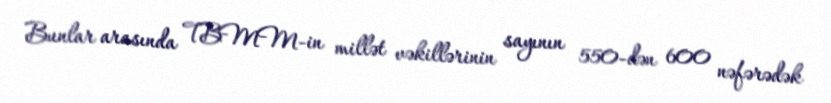
Bunlar arasında TBMM-in millət vəkillərinin sayının 550-dən 600 nəfərədək